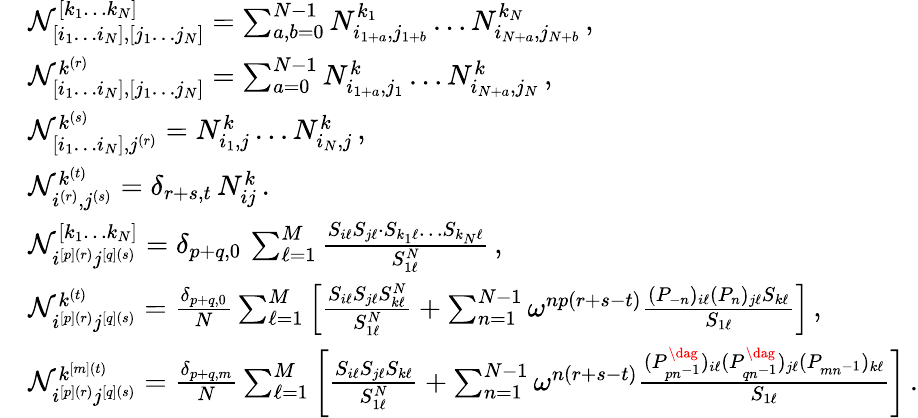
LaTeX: \begin{array}{rl}&{\mathcal{N}_{[i_{1}\dots i_{N}],[j_{1}\dots j_{N}]}^{[k_{1}\dots k_{N}]}=\sum_{a,b=0}^{N-1}N_{i_{1+a},j_{1+b}}^{k_{1}}\dots N_{i_{N+a},j_{N+b}}^{k_{N}}\, ,}\\ &{\mathcal{N}_{[i_{1}\dots i_{N}],[j_{1}\dots j_{N}]}^{k^{(r)}}=\sum_{a=0}^{N-1}N_{i_{1+a},j_{1}}^{k}\dots N_{i_{N+a},j_{N}}^{k}\, ,}\\ &{\mathcal{N}_{[i_{1}\dots i_{N}],j^{(r)}}^{k^{(s)}}=N_{i_{1},j}^{k}\dots N_{i_{N},j}^{k}\, ,}\\ &{\mathcal{N}_{i^{(r)},j^{(s)}}^{k^{(t)}}=\delta_{r+s,t}\, N_{ij}^{k}\, .}\\ &{\mathcal{N}_{i^{[p](r)}j^{[q](s)}}^{[k_{1}\dots k_{N}]}=\delta_{p+q,0}\, \sum_{\ell=1}^{M}\frac{S_{i\ell}S_{j\ell}\cdot S_{k_{1}\ell}\dots S_{k_{N}\ell}}{S_{1\ell}^{N}}\, ,}\\ &{\mathcal{N}_{i^{[p](r)}j^{[q](s)}}^{k^{(t)}}=\frac{\delta_{p+q,0}}{N}\sum_{\ell=1}^{M}\left[\frac{S_{i\ell}S_{j\ell}S_{k\ell}^{N}}{S_{1\ell}^{N}}+\sum_{n=1}^{N-1}\omega^{np(r+s-t)}\frac{(P_{-n})_{i\ell}(P_{n})_{j\ell}S_{k\ell}}{S_{1\ell}}\right]\, ,}\\ &{\mathcal{N}_{i^{[p](r)}j^{[q](s)}}^{k^{[m](t)}}=\frac{\delta_{p+q,m}}{N}\sum_{\ell=1}^{M}\left[\frac{S_{i\ell}S_{j\ell}S_{k\ell}}{S_{1\ell}^{N}}+\sum_{n=1}^{N-1}\omega^{n(r+s-t)}\frac{(P_{pn^{-1}}^{\dag})_{i\ell}(P_{qn^{-1}}^{\dag})_{j\ell}(P_{mn^{-1}})_{k\ell}}{S_{1\ell}}\right]\, .}\end{array}